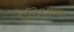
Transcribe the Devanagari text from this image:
प्रविधान